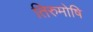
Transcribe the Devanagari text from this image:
तिरुमोषि